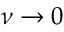
\nu \rightarrow 0